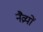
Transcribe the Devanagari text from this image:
नैव्रयों